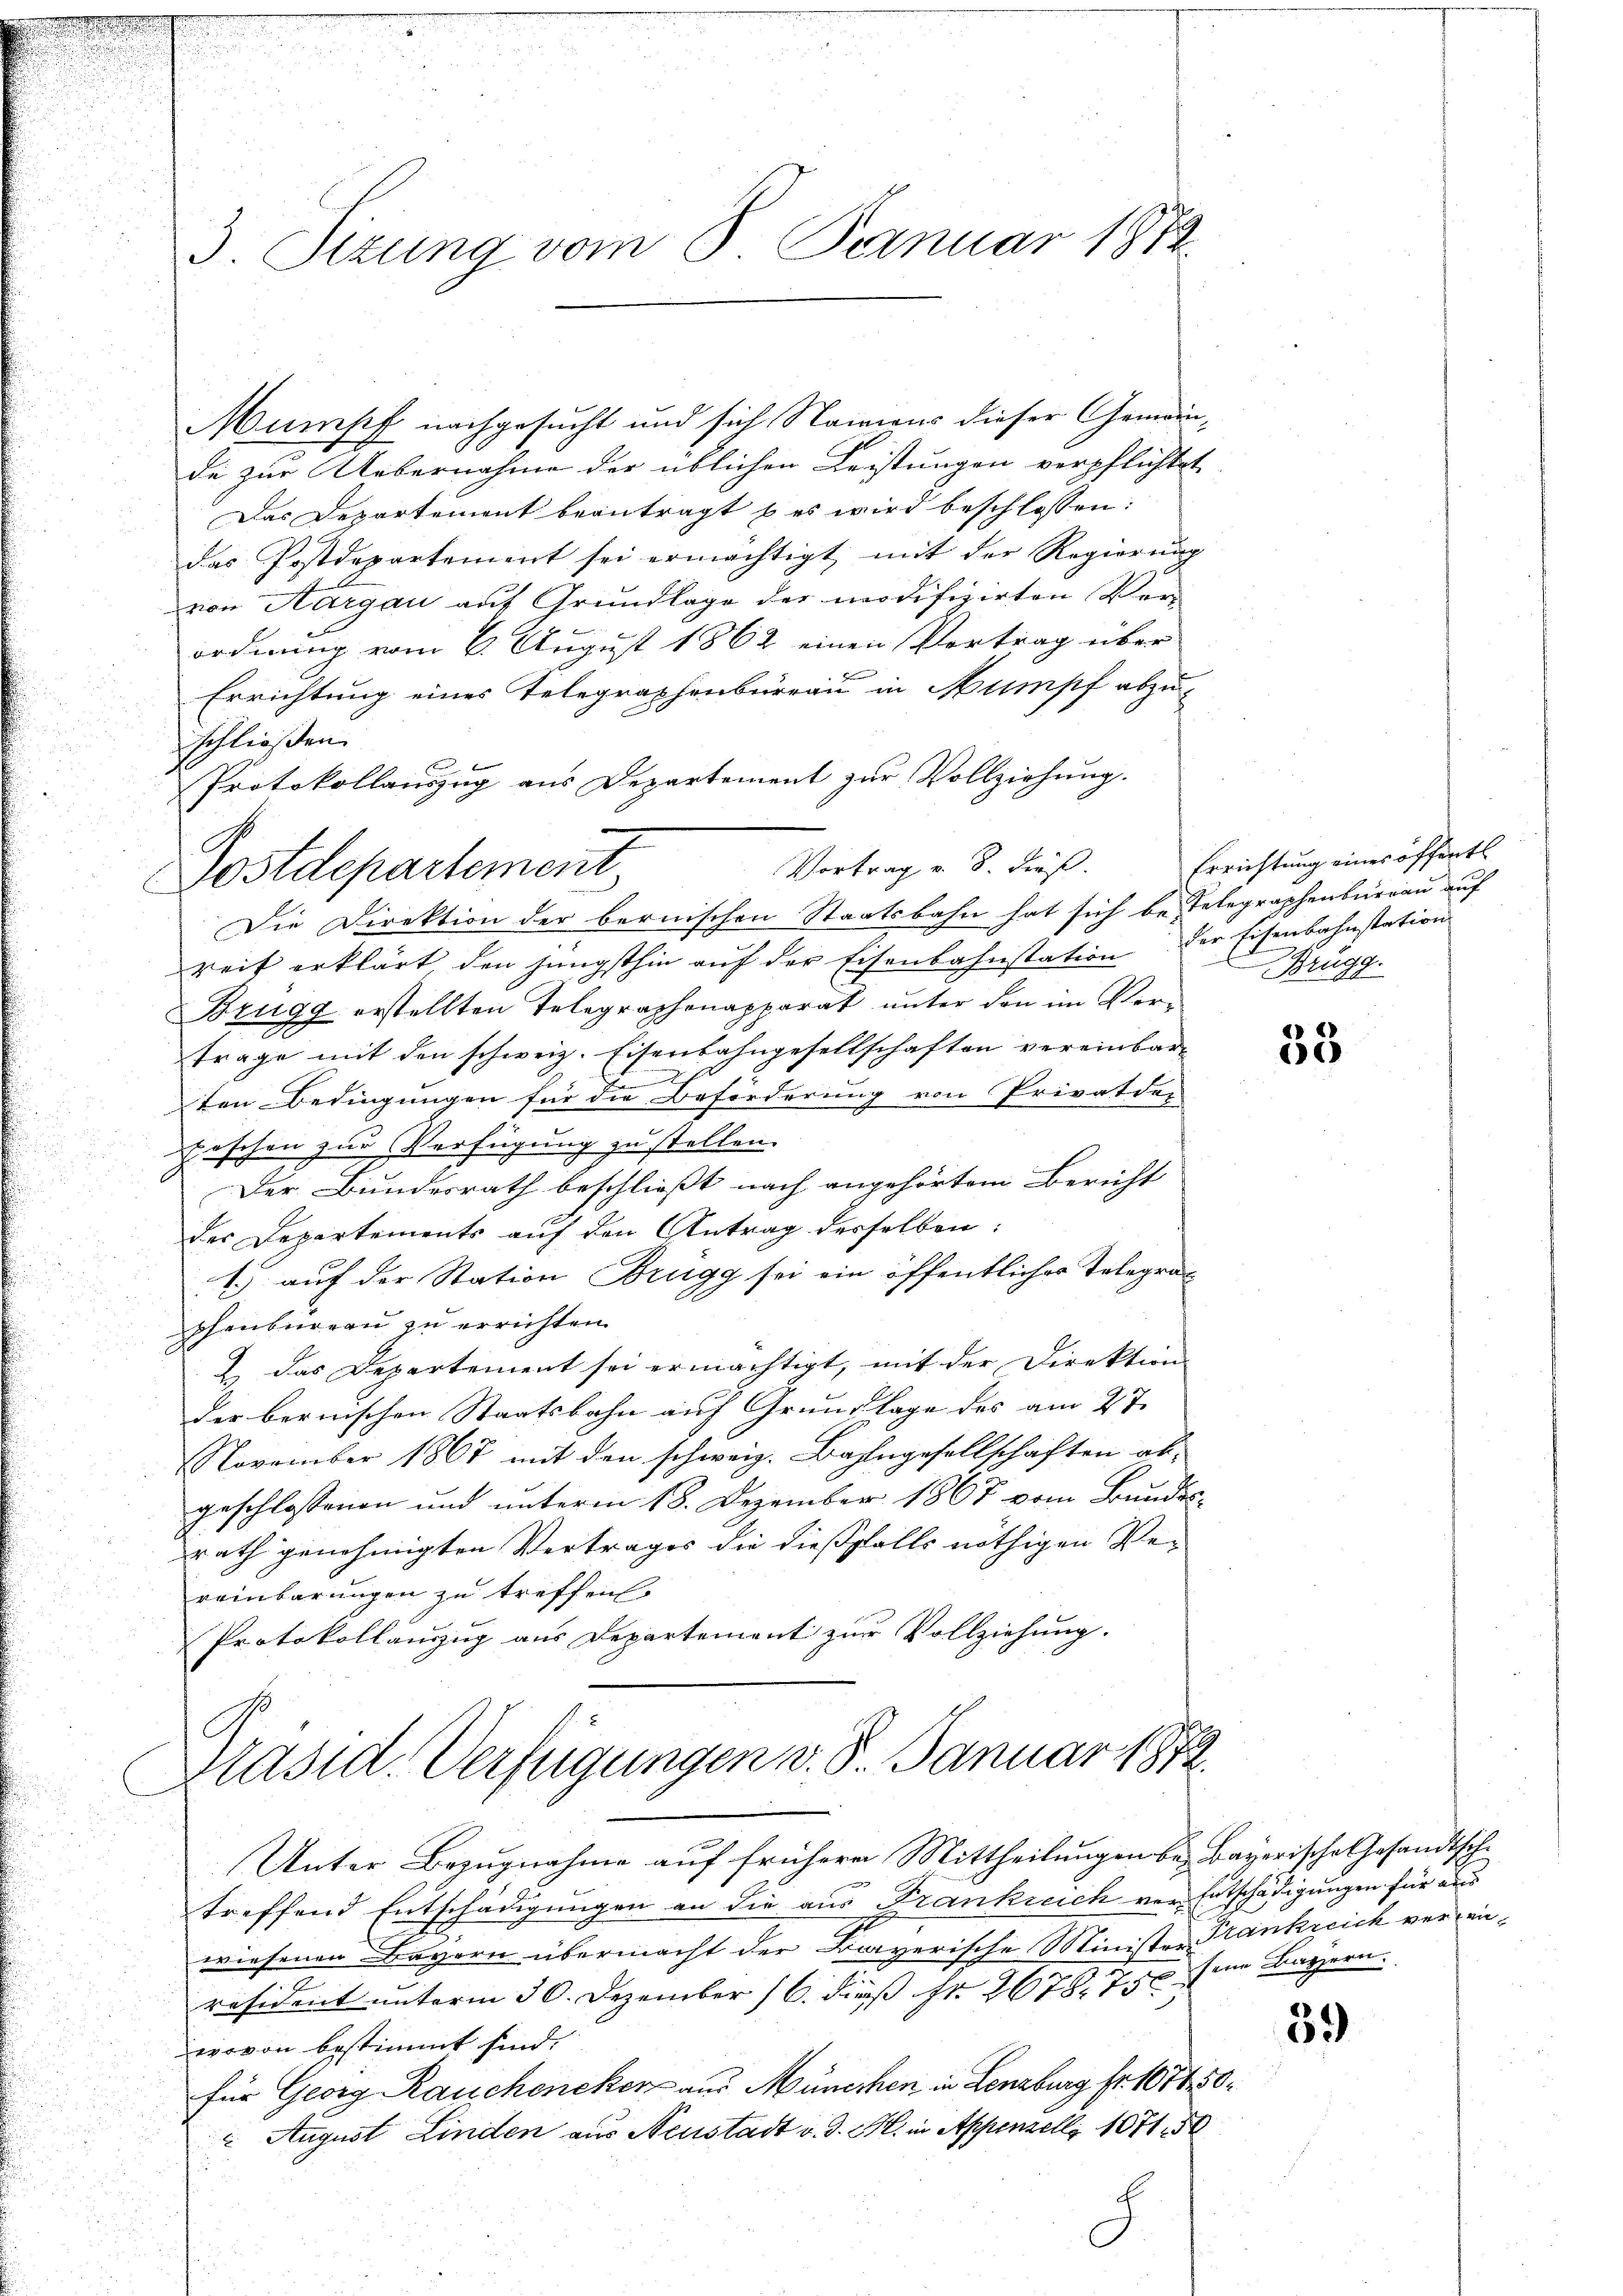
3. Sizung vom 8. Januar 1874.

Mumpf nachgesucht und sich Stainaus dieser Gemeinde zur Uebernahme der üblichen Leistungen verpflichtet,
Das Departement beantragt & es wird beschlossen:
das Postdepartement sei ermächtigt mit der Regierung
von Aargau auf Grundlage der modifizirten Verordnung vom 6. August 1862 einen Vortrag über
Errichtung eines Telegraphenbüreau in Mumpf abzu-
schließen.
 x
Protokollauszug aus Departement zur Vollziehung.
Vortrag v. 8. dieß.
Die Direktion der bernischen Staatsbahn hat sich be Telegraphenbureau auf
reit erklärt, den jüngsthin auf der Eisenbahnstation der Eisenbahnstation
Brugg erstellten Telegraphenapparat unter den im Vertrage mit den schweiz. Eisenbahngesellschaften vereinbar-
x
ten Bedingungen für die Beförderung von Privatder
peschen zur Verfügung zu stellen.
Der Bundesrath beschließt nach angehörtem Bericht
des Departements auf den Antrag derselben:
1.) auf der Station Brugg sei ein öffentliches Telegraphenburgau zu errichten.
2.) Das Departement sei ermächtigt, mit der Direktion
der bernischen Staatsbahn auf Grundlage des am 27.
November 1867 mit den schweiz. Bahlngesellschaften abgeschlossenen und unterm 18. Dezember 1867 vom Bundesrath genehmigten Vertrages die dießfalls nöthigen Vereinbarungen zu treffen.
Protokollanzug aus Departement zur Vollziehung.

.
C
Postdepartement

Unter Bezugnahme auf frühere Mittheilungen bei Bayerische Gesandtsche
treffend Entschädigungen an die aus Frankreich vor Entschädigungen für aus
wiesenen Bayern übermacht der Bayerische Minister Frankreich vereinräsident unterm 30. Dezember 16. dieß st. 267. 750
wovon bestimmt sind.
für Georg Rauchencken aus München, in Lenzburg fr. 107450
 August Linden aus Neustadt v. d. M. in Appenzell 107150
E

Präsid. Verfügungen v. 8. Januar 1872.

Errichtung eines öffentl
Brügg.

33

sene Bayern.

89